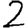
Digit: 2